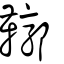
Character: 鞹